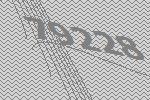
79228